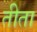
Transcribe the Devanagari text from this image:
तीता